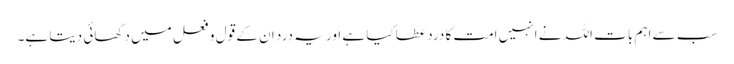
سب سے اہم بات اللہ نے انہیں امت کا درد عطا کیا ہے اور یہ درد ان کے قول و فعل میں دکھائی دیتا ہے۔